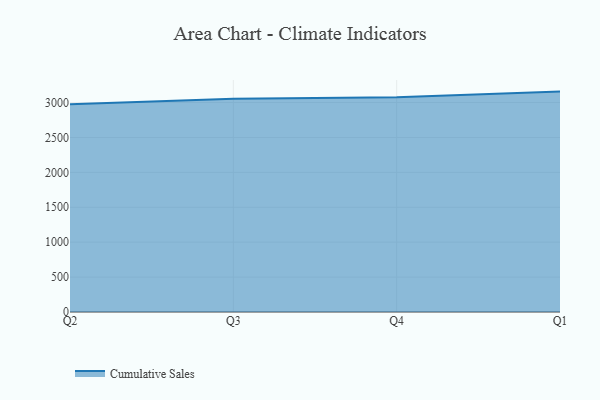
{"axis": {"x": "Quarter", "y": "Population (Million)"}, "legend": ["Cumulative Sales"], "data": [{"x": "Q2", "y": 2974.8, "type": "Cumulative Sales"}, {"x": "Q3", "y": 3052.8, "type": "Cumulative Sales"}, {"x": "Q4", "y": 3075.8, "type": "Cumulative Sales"}, {"x": "Q1", "y": 3156.7, "type": "Cumulative Sales"}]}